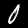
Digit: 0